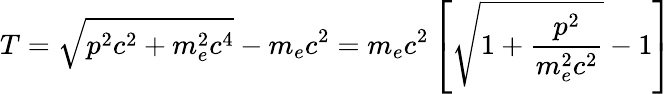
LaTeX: T={\sqrt{p^{2}c^{2}+m_{e}^{2}c^{4}}}-m_{e}c^{2}=m_{e}c^{2}\left[{\sqrt{1+{\frac{p^{2}}{m_{e}^{2}c^{2}}}}}-1\right]